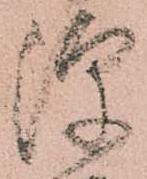
隙